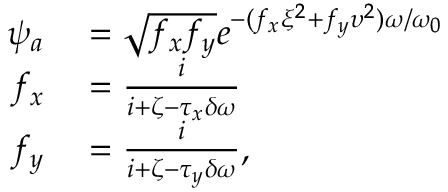
\begin{array} { r l } { \psi _ { a } } & { { } = \sqrt { f _ { x } f _ { y } } e ^ { - ( f _ { x } \xi ^ { 2 } + f _ { y } \upsilon ^ { 2 } ) \omega / \omega _ { 0 } } } \\ { f _ { x } } & { { } = \frac { i } { i + \zeta - \tau _ { x } \delta \omega } } \\ { f _ { y } } & { { } = \frac { i } { i + \zeta - \tau _ { y } \delta \omega } , } \end{array}